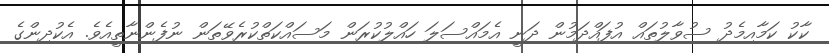
ކާކު ކަމާއިމެދު ސުވާލުތައް އުފައްދަމުން ދަނީ އެމައްސަލަ ހައްލުކުރަން މަސައްކަތްކުރެވޭތަން ނުފެންނާތީއެވެ. އެކުދިންގެ